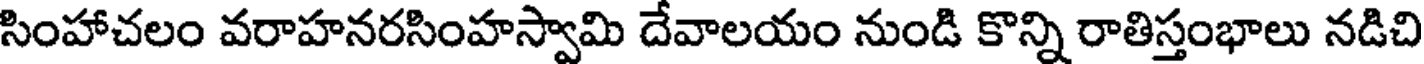
సింహాచలం వరాహనరసింహస్వామి దేవాలయం నుండి కొన్ని రాతిస్తంభాలు నడిచి